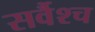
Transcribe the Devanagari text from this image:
सर्वैश्‍च